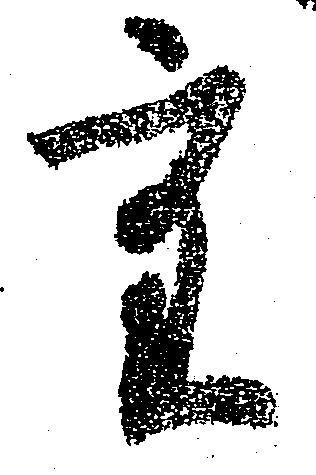
重